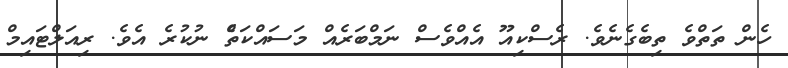
ހެން ތަތްވެ ތިބެގެނެވެ. ރެސްކިއޫ އެއްވެސް ނަމްބަރެއް މަސައްކަތެް ނުކުރެ އެވެ. ރިއަލްޓައިމް